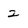
Character: 2